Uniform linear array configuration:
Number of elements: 16
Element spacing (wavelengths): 0.5
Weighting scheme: cosine
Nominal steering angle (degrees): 0
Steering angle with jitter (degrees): -0.421
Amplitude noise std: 0.05
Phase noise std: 0.05

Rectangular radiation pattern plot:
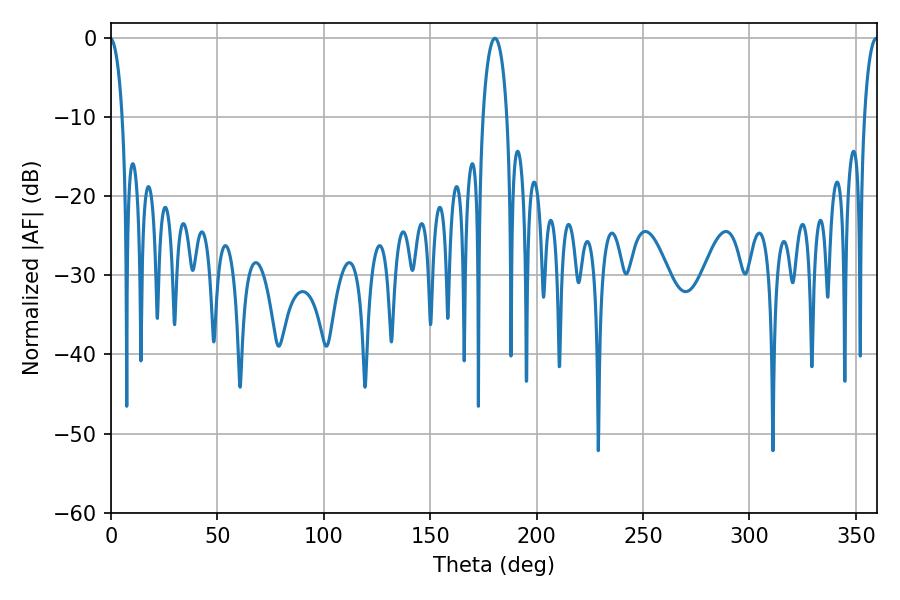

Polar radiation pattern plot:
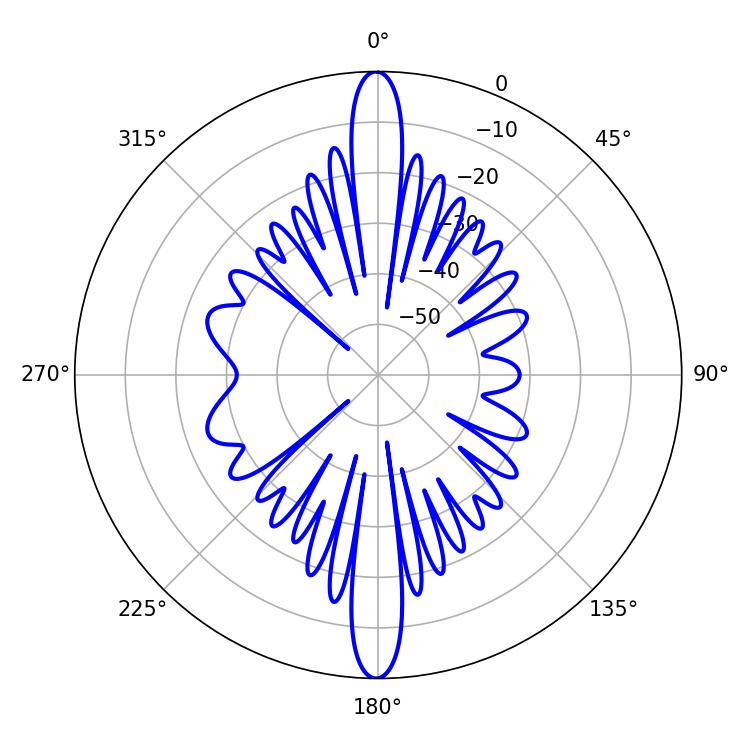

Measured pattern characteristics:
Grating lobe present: FALSE
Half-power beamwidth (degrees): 6.48
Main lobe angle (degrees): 180.36